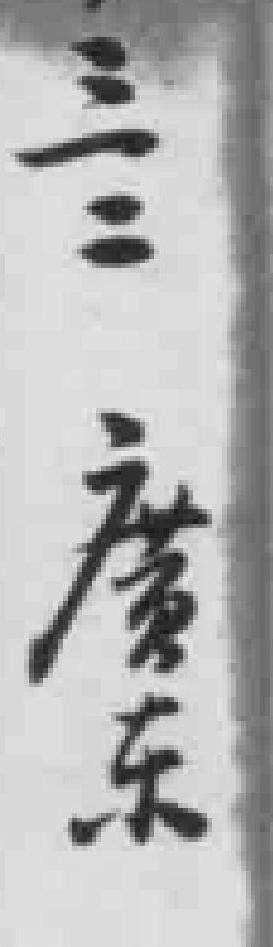
三二廣东